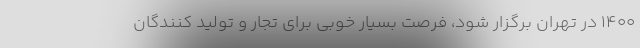
۱۴۰۰ در تهران برگزار شود، فرصت بسیار خوبی برای تجار و تولید کنندگان